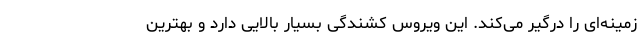
زمینه‌ای را درگیر می‌کند. این ویروس کشندگی بسیار بالایی دارد و بهترین